Report on vaccination in Madras 1895-1903 - 1895-1903
Year: 1895
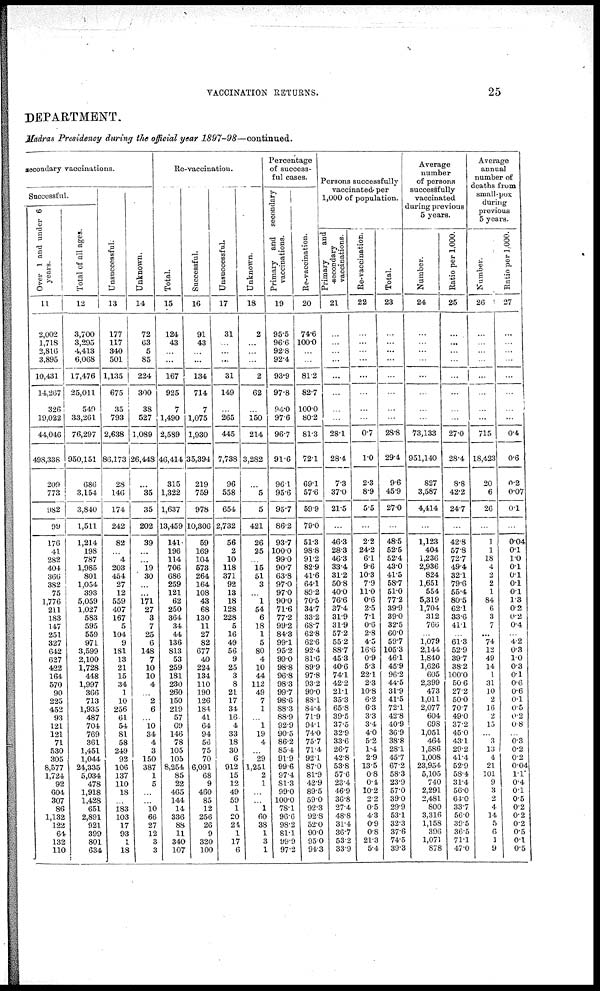
VACCINATION RETURNS.
25
DEPARTMENT.
Madras Presidency during the official year 1897-98—continued.
secondary vaccinations.
Successful.
Over 1 and under 6
years.
11
2,002
1,718
2,816
3,895
10,431
14,267
326
19,022
44,046
498,338
209
773
982
99
176
41
282
404
366
382
75
1,776
211
183
147
251
327
642
627
422
164
570
90
225
452
93
121
121
71
530
305
8,577
1,724
92
604
307
86
1,132
122
64
132
110
Total of all ages.
12
3,700
3,295
4,413
6,068
17,476
25,011
549
33,261
76,297
950,151
686
3,154
3,840
1,511
1,214
198
787
1,985
801
1,054
393
5,059
1,027
583
595
559
971
3,599
2,100
1,728
448
1,997
366
713
1,935
487
704
769
361
1,451
1,044
24,335
5,034
478
1,918
1.428
651
2,891
921
399
801
634
Unsuccessful.
13
177
117
340
501
1,135
675
35
793
2,638
86,173
28
146
174
242
82
...
4
203
454
27
12
559
407
167
5
104
9
181
13
21
15
34
1
10
256
61
54
81
58
249
92
106
137
110
18
...
183
103
17
93
1
18
Unknown.
14
72
63
5
85
224
300
38
527
1,089
26,448
...
35
35
202
39
...
...
19
30
...
...
171
27
3
7
25
6
148
7
10
10
4
...
2
6
...
10
34
4
3
150
387
1
5
...
...
10
66
27
12
3
3
Re-vaccination.
Total.
15
124
43
...
...
167
925
7
1,490
2,589
46,414
315
1,322
1,637
13,459
141
196
114
706
686
259
121
62
250
364
34
44
136
813
53
259
181
230
260
150
219
57
69
146
78
105
105
8,254
85
22
465
144
14
336
88
11
340
107
Successful.
16
91
43
...
...
134
714
7
1,075
1,930
35,394
219
759
978
10,306
59
169
104
573
264
164
108
43
68
130
11
27
82
677
40
224
134
110
190
126
184
41
64
94
56
75
70
6,091
68
9
460
85
12
256
26
9
320
100
Unsuccessful.
17
31
...
...
...
31
149
...
265
445
7,738
96
558
654
2,732
56
2
10
118
371
92
13
18
128
228
5
16
49
56
9
25
3
8
21
17
34
16
4
33
18
30
6
912
15
12
49
59
1
20
24
1
17
6
Unknown.
18
2
...
...
...
2
62
...
150
214
3,282
...
5
5
421
26
25
...
15
51
3
...
1
54
6
18
1
5
80
4
10
44
112
49
7
1
...
1
19
4
...
29
1,251
2
1
...
...
1
60
38
1
3
1
Percentage
of success-
ful cases.
Primary and secondary
vaccinations.
19
95.5
96.6
92.8
92.4
93.9
97.8
94.0
97.6
96.7
91.6
96.1
95.6
95.7
86.2
93.7
100.0
99.0
90.7
63.8
97.0
97.0
90.0
71.6
77.2
99.2
84.3
99.1
95.2
99.0
98.8
96.8
98.3
99.7
98.6
88.3
88.9
92.9
90.5
86.2
85.4
91.9
99.6
97.4
81.3
99.0
100.0
78.1
96.6
98.2
81.1
99.9
97.2
Re-vaccination.
20
74.6
100.0
...
...
81.2
82.7
100.0
80.2
81.3
72.1
69.1
57.6
59.9
79.0
51.3
98.8
91.2
82.9
41.6
64.1
89.2
70.5
34.7
33.2
68.7
62.8
62.6
92.4
81.6
89.9
97.8
93.2
90.0
88.1
84.4
71.9
94.1
74.0
75.7
71.4
92.1
87.0
81.9
42.9
89.5
59.0
92.3
92.8
52.0
90.0
95.0
94.3
Persons successfully
vaccinated per
1,000 of population.
Primary
and
secondary
vaccinations.
21
...
...
...
...
...
...
...
...
28.1
28.4
7.3
37.0
21.5
...
46.3
28.3
46.3
33.4
31.2
50.8
40.0
76.6
37.4
31.9
31.9
57.2
55.2
88.7
45.3
40.6
74.1
42.2
21.1
35.3
65.8
39.5
37.5
32.9
33.6
26.7
42.8
53.8
57.6
23.4
46.9
36.8
27.4
48.8
31.4
36.7
53.2
33.9
Re.vaccination.
22
...
...
...
...
...
...
...
...
0.7
1.0
2.3
8.9
5.5
...
2.2
24.2
6.1
9.6
10.3
7.9
11.0
0.6
2.5
7.1
0.6
2.8
4.5
16.6
0.9
5.3
22.1
2.3
10.8
6.2
6.3
3.3
3.4
4.0
5.2
1.4
2.9
13.5
0.8
0.1
10.2
2.2
0.5
4.3
0.9
0.8
21.3
5.4
Total.
23
...
...
...
...
...
...
...
...
28.8
29.4
9.6
45.9
27.0
...
48.5
52.5
52.4
43.0
41.5
58.7
51.0
77.2
39.9
39.0
32.5
60.0
59.7
105.3
46.1
45.9
96.2
44.5
31.9
41.5
72.1
42.8
40.9
36.9
38.8
28.1
45.7
67.2
58.3
23.9
57.0
39.0
29.9
53.1
32.3
37.6
74.5
39.3
Average
number
of persons
successfully
vaccinated
during previous
5 years.
Number.
24
...
...
...
...
...
...
...
...
73,133
951,140
827
3,587
4,414
...
1,123
404
1,236
2,936
824
1,651
554
5,319
1,704
312
766
...
1,079
2,144
1,840
1,626
605
2,399
473
1,011
2,077
604
698
1,051
464
1,586
1,008
23,954
5,105
74.0
2,291
2,481
800
3,316
1,158
396
1,071
878
Ratio per 1,000.
25
...
...
...
...
...
...
...
...
27.0
28.4
8.8
42.2
24.7
...
42.8
57.8
72.7
49.4
32.1
79.6
55.4
80.5
62.1
33.6
41.1
...
61.3
52.9
39.7
38.2
100.0
50.6
27.2
50.0
70.7
49.0
37.2
45.0
43.1
29.2
41.4
52.9
58.4
31.4
56.0
64.0
33.7
56.0
39.5
36.5
71.1
47.0
Average
annual
number of
deaths from
small-pox
during
previous
5 years.
Number.
26
...
...
...
...
...
...
...
...
715
18,423
20
6
26
...
1
1
18
4
2
2
1
84
6
3
7
...
74
12
49
14
1
31
10
2
16
2
15
...
3
13
4
21
101
9
3
2
4
14
5
6
1
9
Ratio per 1,000.
27
...
...
...
...
...
...
...
...
0.4
0.6
0.2
0.07
0.1
...
0.04
0.1
1.0
0.1
0.1
0.1
0.1
1.3
0.2
0.2
0.4
...
4.2
0.3
1.0
0.3
0.1
0.6
0.6
0.1
0.5
0.2
0.8
...
0.3
0.2
02
0.04
1.1
0.4
0.1
0.5
0.2
0.2
0.2
0.5
0.1
0.5